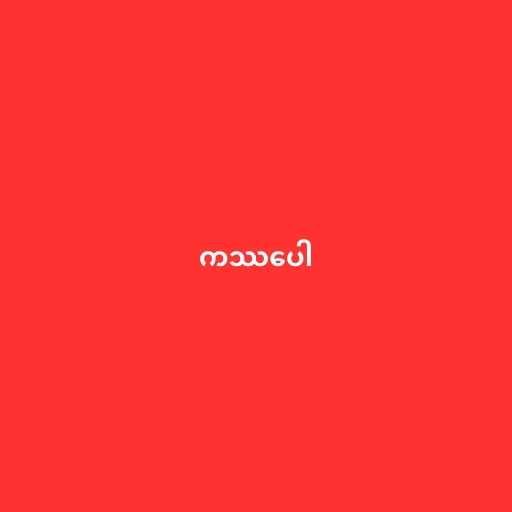
ကဿပေါ